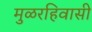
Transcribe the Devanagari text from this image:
मुळरहिवासी